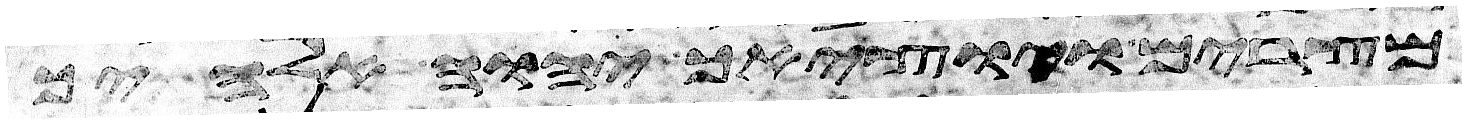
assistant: מצרים ויוציאך יהוה אלהיך